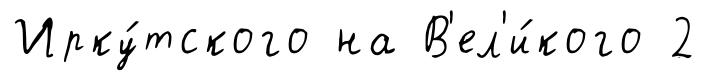
Ирку́тского на В'ел'и́кого 2